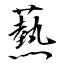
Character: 爇